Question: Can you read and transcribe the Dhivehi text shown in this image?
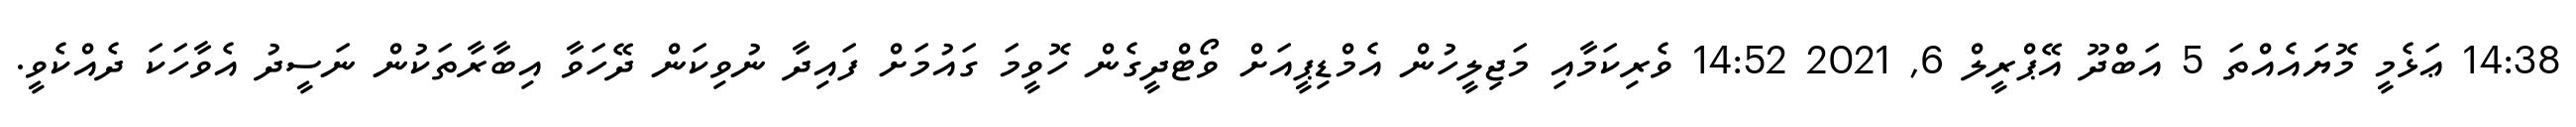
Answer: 14:38 ޢަޅެމީ މޮޔައެއްތަ 5 އަބްދޫ އޭޕްރީލް 6, 2021 14:52 ވެރިކަމާއި މަޖިލީހުން އެމްޑިޕީއަށް ވޯޓްދީގެން ހޮވީމަ ގައުމަށް ފައިދާ ނުވިކަން ދޭހަވާ އިބާރާތަކުން ނަސީދު އެވާހަކަ ދެއްކެވީ.